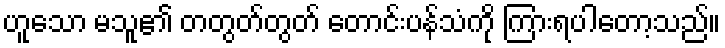
ဟူသော မသူ၏ တတွတ်တွတ် တောင်းပန်သံကို ကြားရပါတော့သည်။